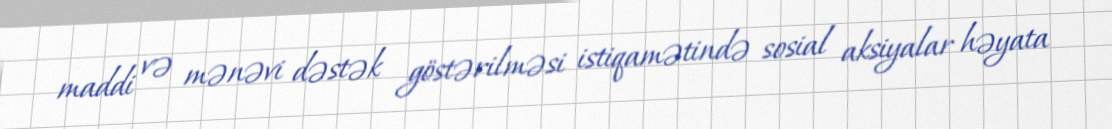
maddi və mənəvi dəstək göstərilməsi istiqamətində sosial aksiyalar həyata